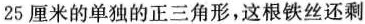
25厘米的单独的正三角形，这根铁丝还剩